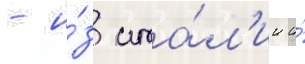
- и́з ита́л'ии и́